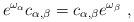
LaTeX: \begin{align*}e^{\omega_\alpha}c_{\alpha,\beta} = c_{\alpha,\beta}e^{\omega_\beta} \ ,\end{align*}